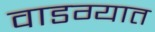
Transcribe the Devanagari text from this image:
वाडग्यात